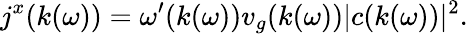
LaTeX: j^{x}(k(\omega))=\omega^{\prime}(k(\omega))v_{g}(k(\omega))|c(k(\omega))|^{2}.